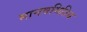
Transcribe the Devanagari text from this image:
मानवमितिय